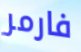
فارمر